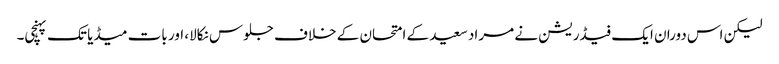
لیکن اس دوران ایک فیڈریشن نے مراد سعید کے امتحان کے خلاف جلوس نکالا، اور بات میڈیا تک پہنچی۔